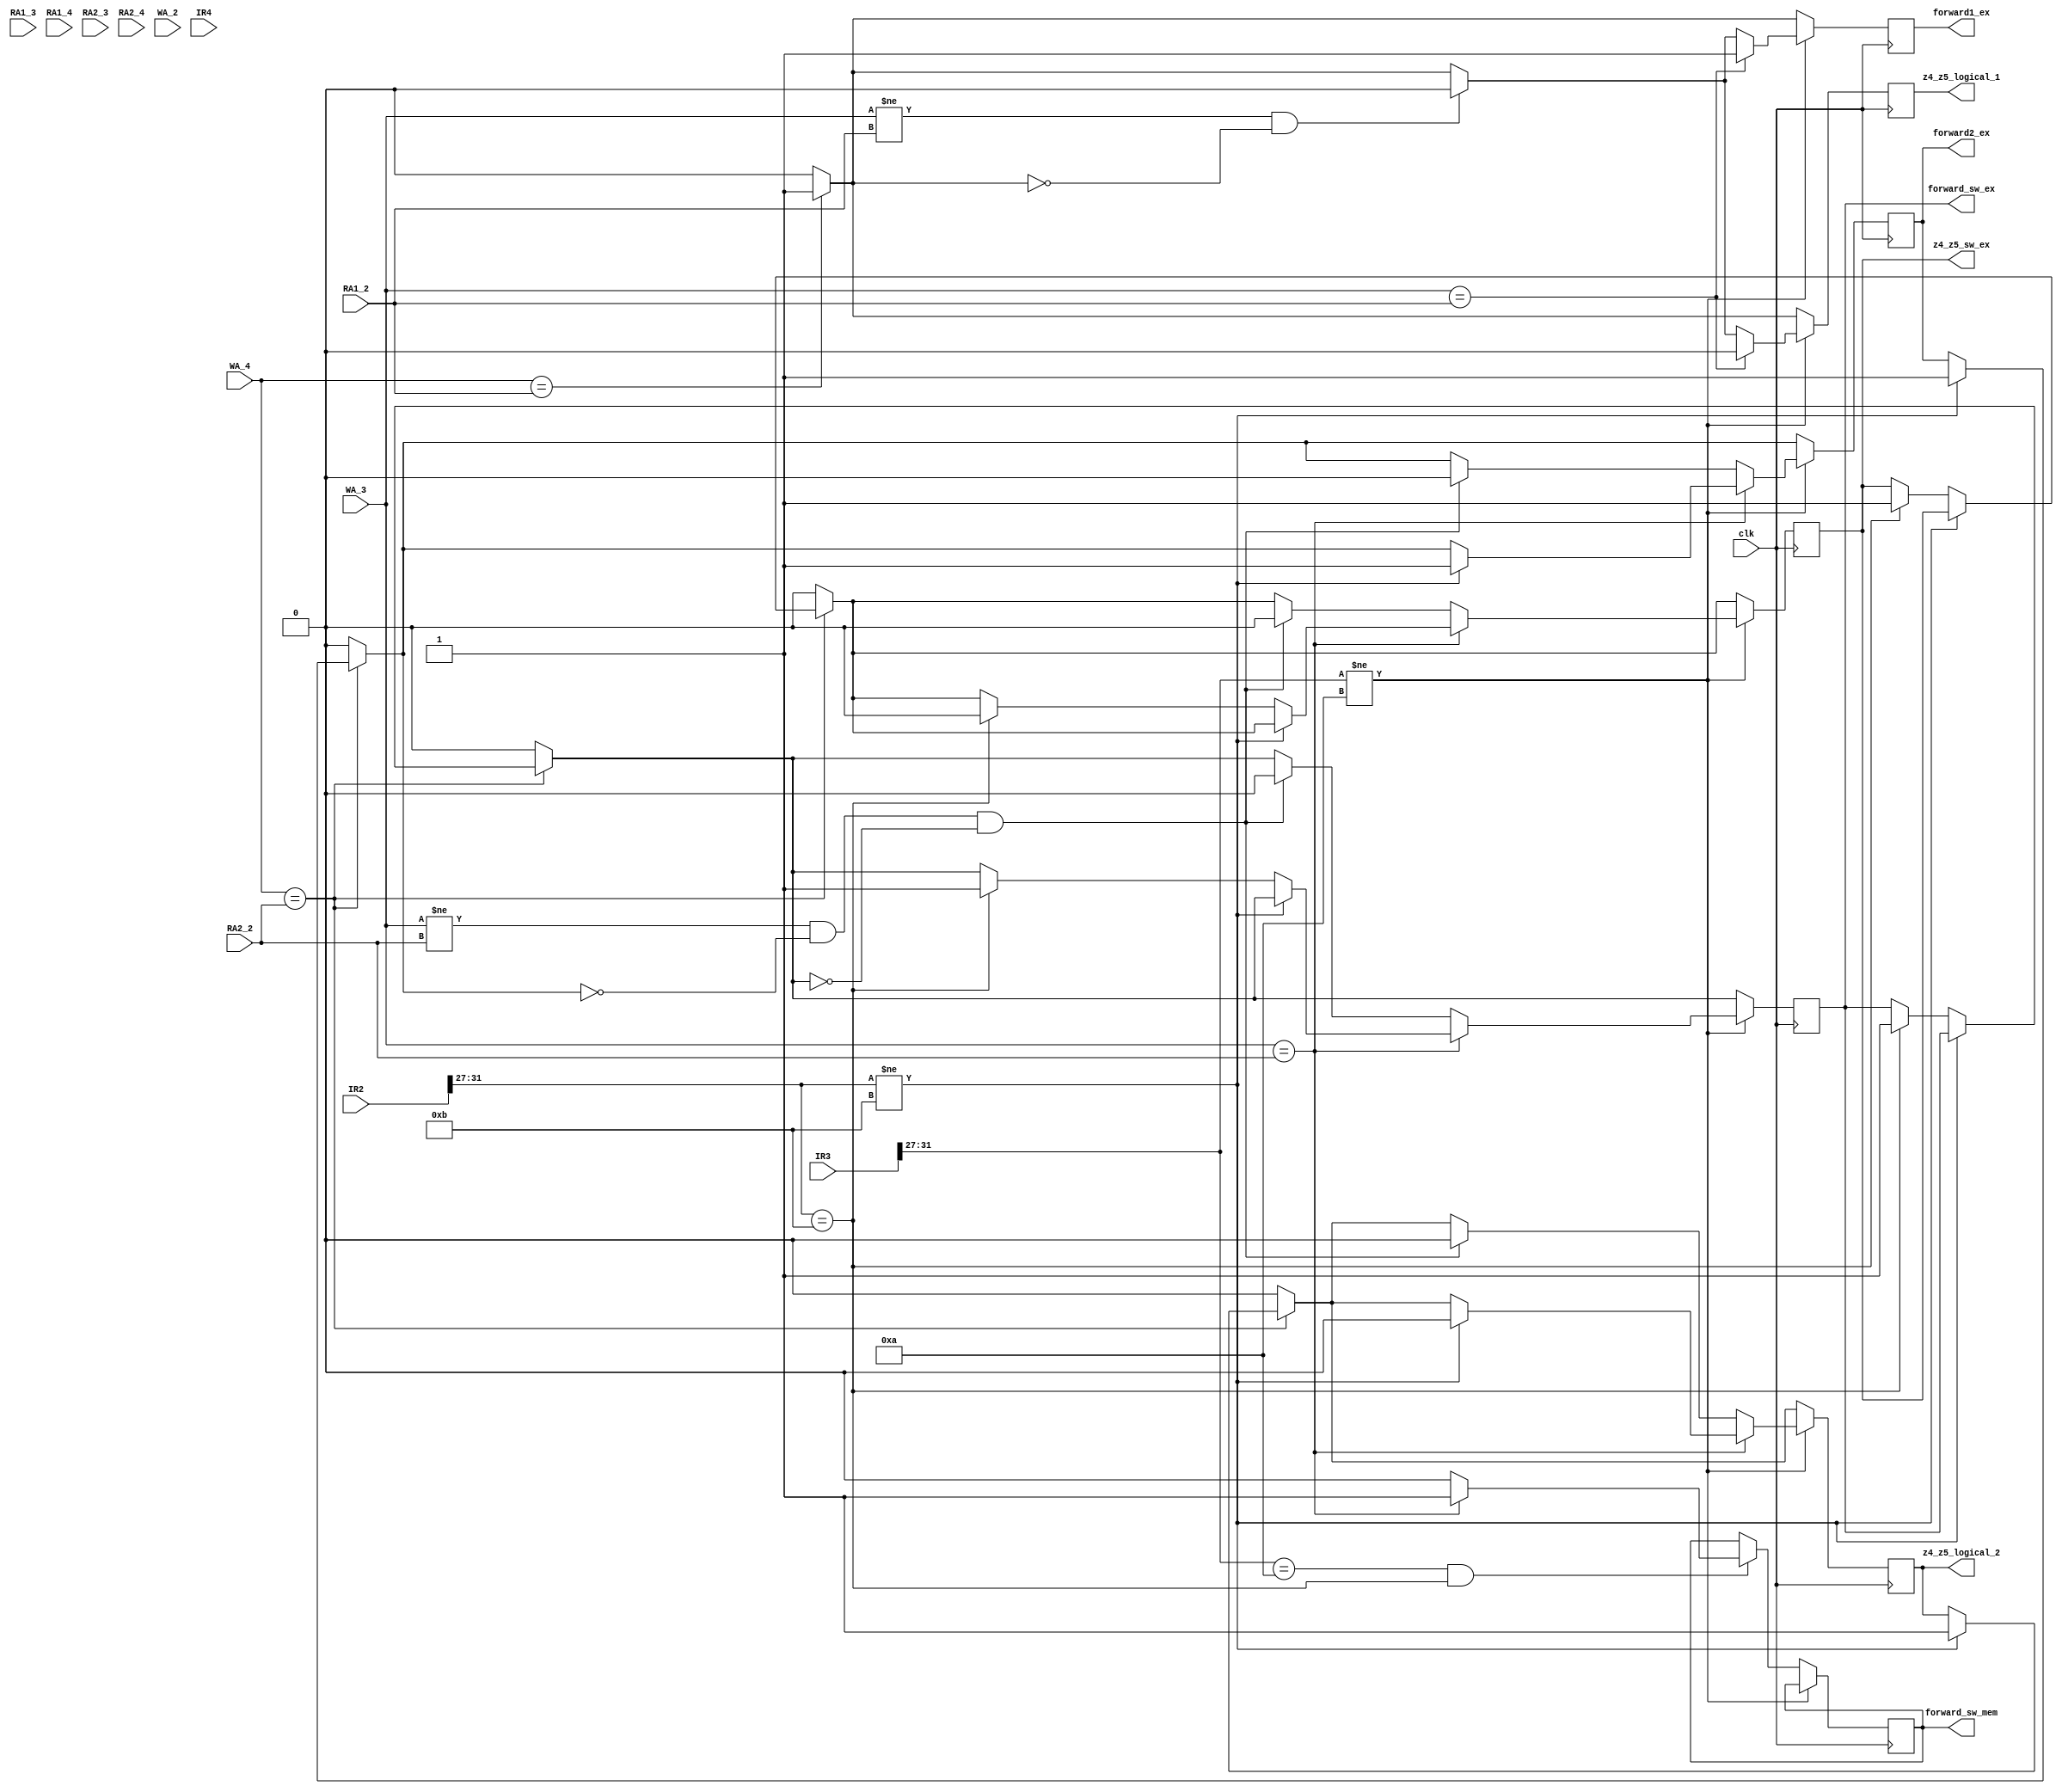
module data_forward(
	input clk,
	input [4:0] RA1_2,RA1_3,RA1_4,
	input [4:0] RA2_2,RA2_3,RA2_4,
	input [4:0] WA_2,WA_3,WA_4,
	input [31:0] IR2,IR3,IR4,
	output reg forward1_ex,forward2_ex,forward_sw_mem,forward_sw_ex,z4_z5_sw_ex,z4_z5_logical_1,z4_z5_logical_2
	);
	
initial begin
	forward1_ex<=0;
	forward2_ex<=0;
	forward_sw_mem<=0;
	forward_sw_ex<=0;
	z4_z5_sw_ex<=0;
	z4_z5_logical_1<=0;
	z4_z5_logical_2<=0;
end

	

	
always@( posedge clk)
begin

	if (WA_4==RA1_2)
		begin
			forward1_ex=1;
			z4_z5_logical_1=1;
		end
	else
		begin
			forward1_ex=0;
			z4_z5_logical_1=0;
		end
	
		//
	if (WA_4==RA2_2)
		begin
			if (IR2[31:27]!=5'b01011)
			begin
				forward2_ex=1;
				z4_z5_logical_2=1;
			end
			
			else if (IR2[31:27]==5'b01011)
			begin
				forward_sw_ex=1;
				z4_z5_sw_ex=1;
			end
		end
		
	else
		begin
			forward2_ex=0;
			z4_z5_logical_2=0;
			forward_sw_ex=0;
			z4_z5_sw_ex=0;
		end
	
	
	
	
	
	if (IR3[31:27]!=5'b01010 )
		begin
		if (WA_3==RA1_2 )
			begin
				forward1_ex=1;
				z4_z5_logical_1=0 ;//z4
			end
			
		else if (WA_3!=RA1_2 && forward1_ex!=1)
			begin
				forward1_ex=0;
				z4_z5_logical_1=0 ;//z4
			end
		
		
		if (WA_3==RA2_2)
			begin
				if (IR2[31:27]!=5'b01011)
				begin
					forward2_ex=1;
					z4_z5_logical_2=0;  //z4
				end
				
				else if (IR2[31:27]==5'b01011)
				begin
					forward_sw_ex=1;
					z4_z5_sw_ex=0;
				end
			end
			
		else if (WA_3!=RA2_2 && forward2_ex!=1 && forward_sw_ex!=1)
			begin
				forward2_ex=0;
				z4_z5_logical_2=0;
				forward_sw_ex=0;
				z4_z5_sw_ex=0;
			end
		//	
		
		end
		
	else if (IR3[31:27]==5'b01010 && IR2[31:27]==5'b01011)
		begin
				if (WA_3==RA2_2)
					begin
						forward_sw_mem=1;
					end
				else
					begin
						forward_sw_mem=0;
					end
		end
		
	
	
	
end
	
endmodule